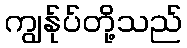
ကျွန်ုပ်တို့သည်